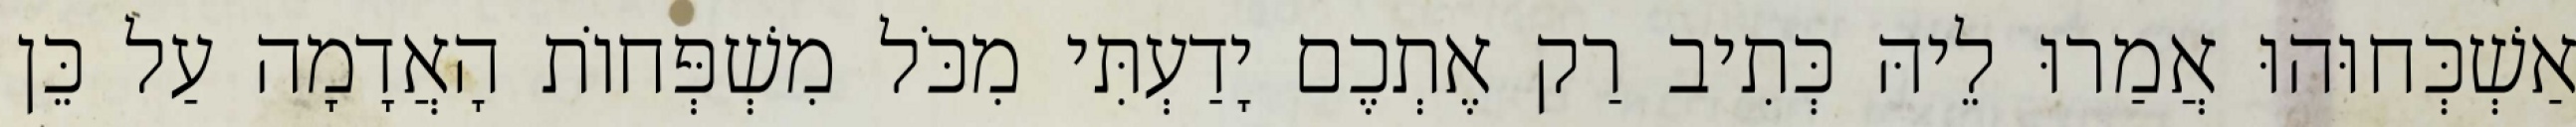
אַשְׁכְּחוּהוּ אֲמַרוּ לֵיהּ כְּתִיב רַק אֶתְכֶם יָדַעְתִּי מִכֹּל מִשְׁפְּחוֹת הָאֲדָמָה עַל כֵּן